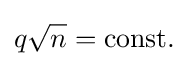
q{\sqrt {n}}={\text{const.}}